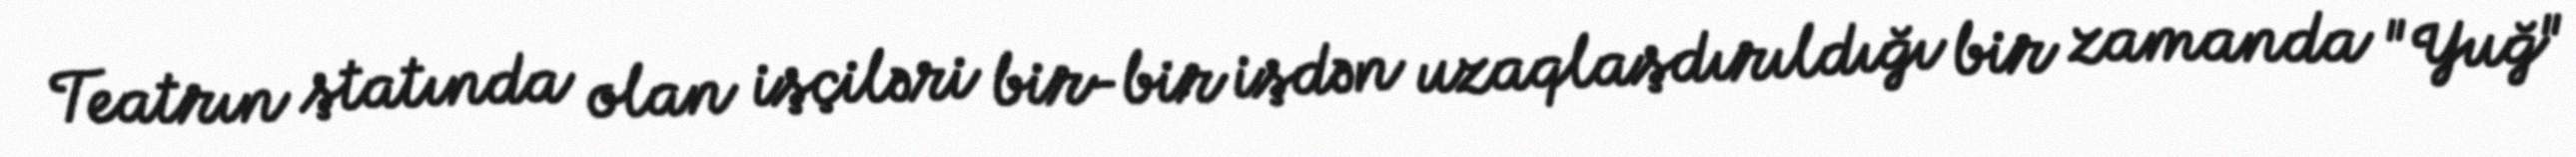
Teatrın ştatında olan işçiləri bir-bir işdən uzaqlaşdırıldığı bir zamanda "Yuğ"